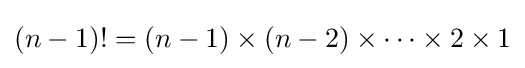
(n-1)!=(n-1)\times (n-2)\times \cdots \times 2\times 1